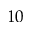
1 0